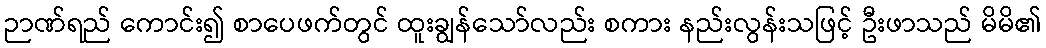
ဉာဏ်ရည် ကောင်း၍ စာပေဖက်တွင် ထူးချွန်သော်လည်း စကား နည်းလွန်းသဖြင့် ဦးဖာသည် မိမိ၏